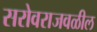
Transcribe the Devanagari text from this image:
सरोवराजवळील